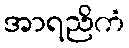
အာရညိကံ